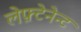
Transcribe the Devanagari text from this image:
लेफ़्टेनेन्ट